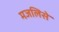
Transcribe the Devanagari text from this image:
मजलिसे